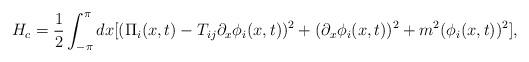
LaTeX: \begin{align*}H_{c}=\frac{1}{2}\int_{-\pi}^{\pi}dx[(\Pi_{i}(x,t)-T_{ij}\partial_{x}\phi_{i}(x,t))^{2}+(\partial_{x}\phi_{i}(x,t))^{2}+m^{2}(\phi_{i}(x,t))^{2}],\end{align*}